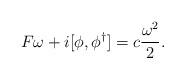
LaTeX: \begin{align*}F \omega + i[ \phi, \phi^\dagger ] = c \frac{\omega^2}2.\end{align*}